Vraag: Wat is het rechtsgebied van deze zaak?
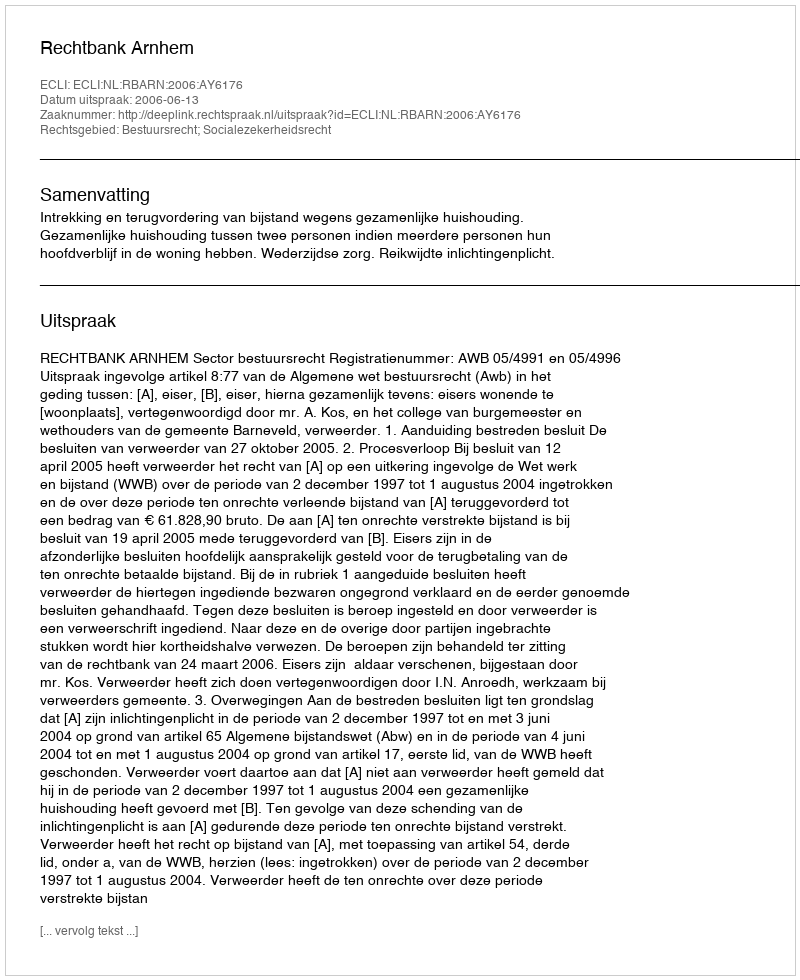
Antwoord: Bestuursrecht; Socialezekerheidsrecht